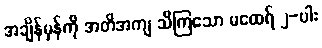
အချိန်မှန်ကို အတိအကျ သိကြသော မထေရ် ၂-ပါး